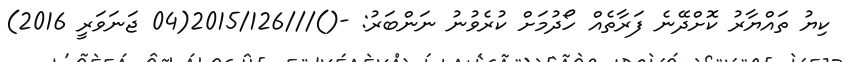
ކިޔު ތައްޔާރު ކޮށްދޭނެ ފަރާތެއް ހޯދުމަށް ކުރެވުނު ނަންބަރު: -()///2015/126(04 ޖަނަވަރީ 2016)